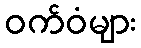
ဝက်ဝံများ